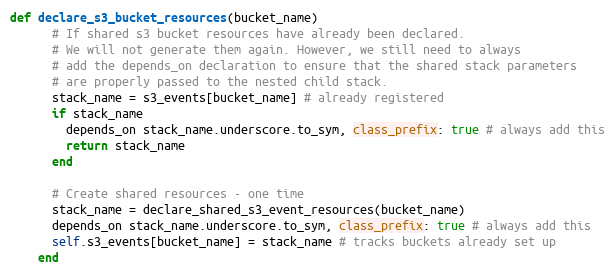
Language: Ruby
def declare_s3_bucket_resources(bucket_name)
      # If shared s3 bucket resources have already been declared.
      # We will not generate them again. However, we still need to always
      # add the depends_on declaration to ensure that the shared stack parameters
      # are properly passed to the nested child stack.
      stack_name = s3_events[bucket_name] # already registered
      if stack_name
        depends_on stack_name.underscore.to_sym, class_prefix: true # always add this
        return stack_name
      end

      # Create shared resources - one time
      stack_name = declare_shared_s3_event_resources(bucket_name)
      depends_on stack_name.underscore.to_sym, class_prefix: true # always add this
      self.s3_events[bucket_name] = stack_name # tracks buckets already set up
    end